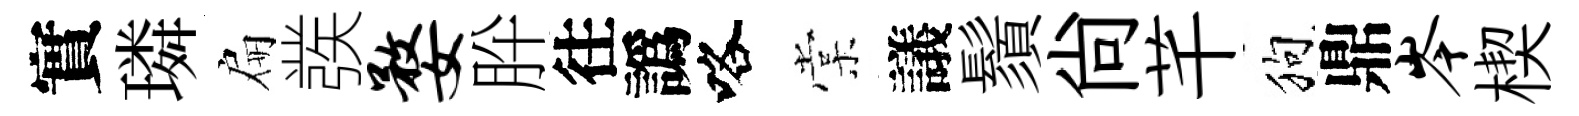
實璘扁彂婺肸往譌咯棠議鬚尙芊狗鼎岑楔